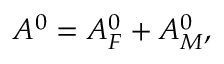
{ \cal A } ^ { 0 } = { \cal A } _ { F } ^ { 0 } + { \cal A } _ { M } ^ { 0 } ,